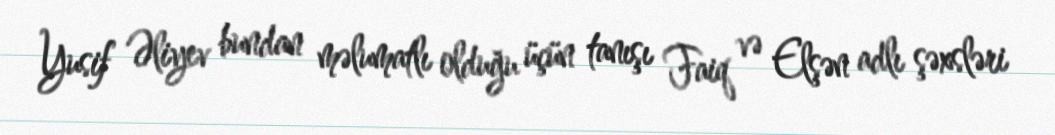
Yusif Əliyev bundan məlumatlı olduğu üçün tanışı Faiq və Elşən adlı şəxsləri